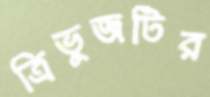
ত্রিভুজটির